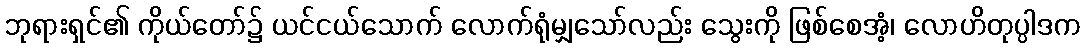
ဘုရားရှင်၏ ကိုယ်တော်၌ ယင်ငယ်သောက် လောက်ရုံမျှသော်လည်း သွေးကို ဖြစ်စေအံ့၊ လောဟိတုပ္ပါဒက